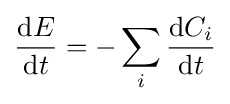
{\frac {{\mathrm {d} }E}{{\mathrm {d} }t}}=-\sum _{i}{\frac {{\mathrm {d} }C_{i}}{{\mathrm {d} }t}}